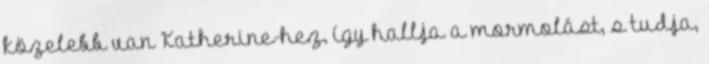
közelebb van Katherine-hez, így hallja a mormolást, s tudja,